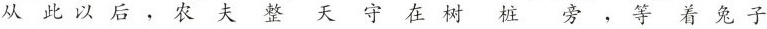
从此以后，农夫整天守在树桩旁，等着兔子